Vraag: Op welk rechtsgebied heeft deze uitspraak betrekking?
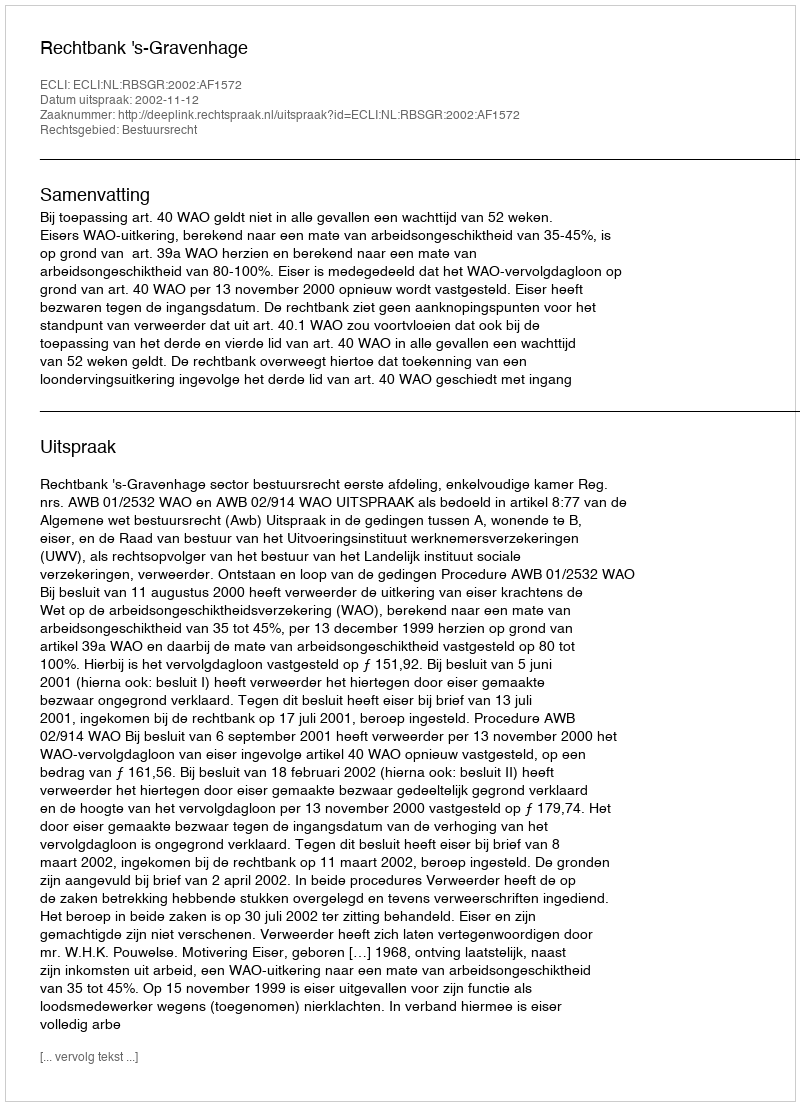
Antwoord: Bestuursrecht